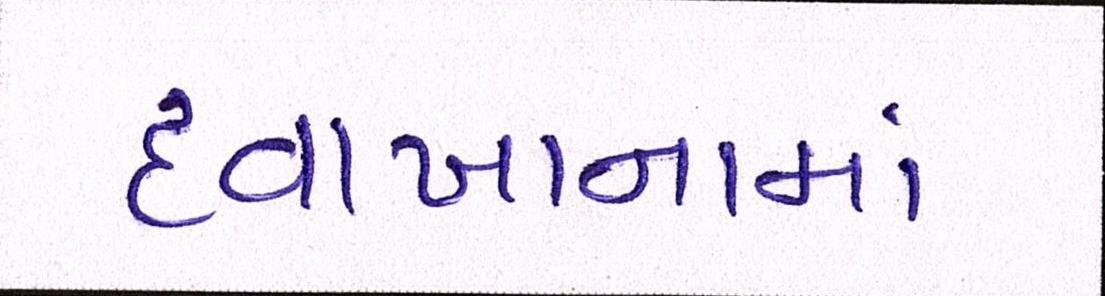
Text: દવાખાનામાં